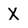
Character: X